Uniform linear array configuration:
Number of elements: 8
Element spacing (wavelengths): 0.75
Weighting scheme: blackman
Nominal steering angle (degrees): -30
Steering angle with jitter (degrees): -30.512
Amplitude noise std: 0.05
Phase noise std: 0.05

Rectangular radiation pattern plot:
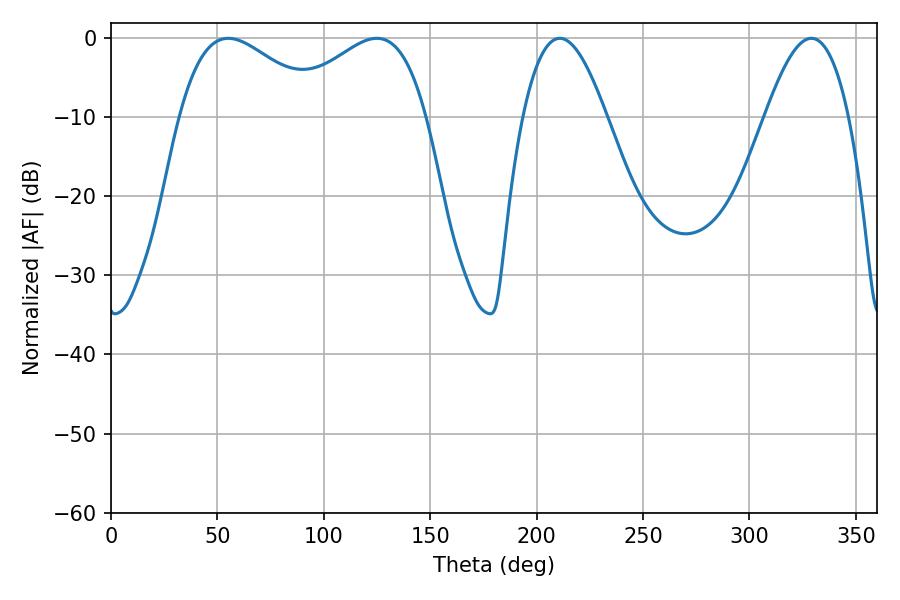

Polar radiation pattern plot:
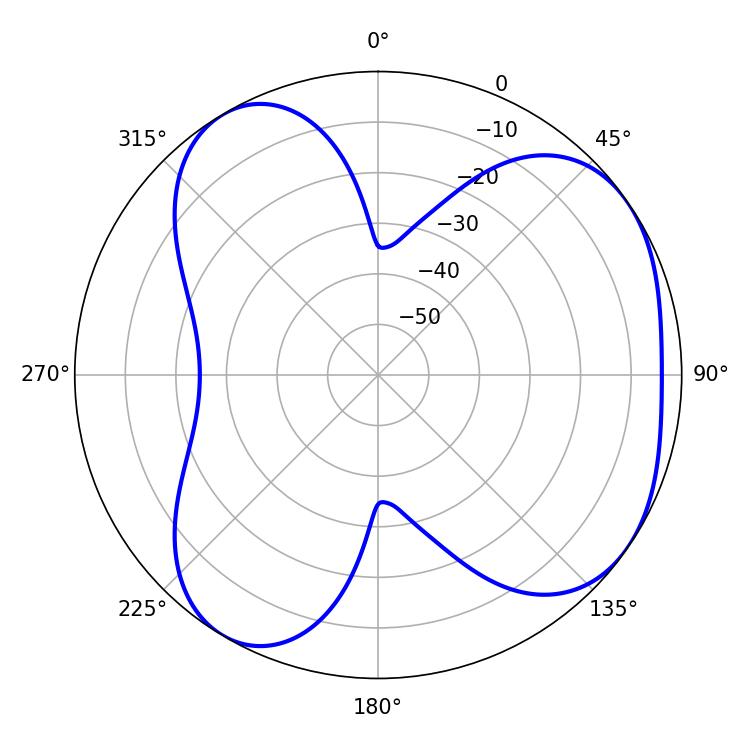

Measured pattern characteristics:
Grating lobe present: TRUE
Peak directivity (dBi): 4.812
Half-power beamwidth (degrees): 36.54
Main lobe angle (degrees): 55.08